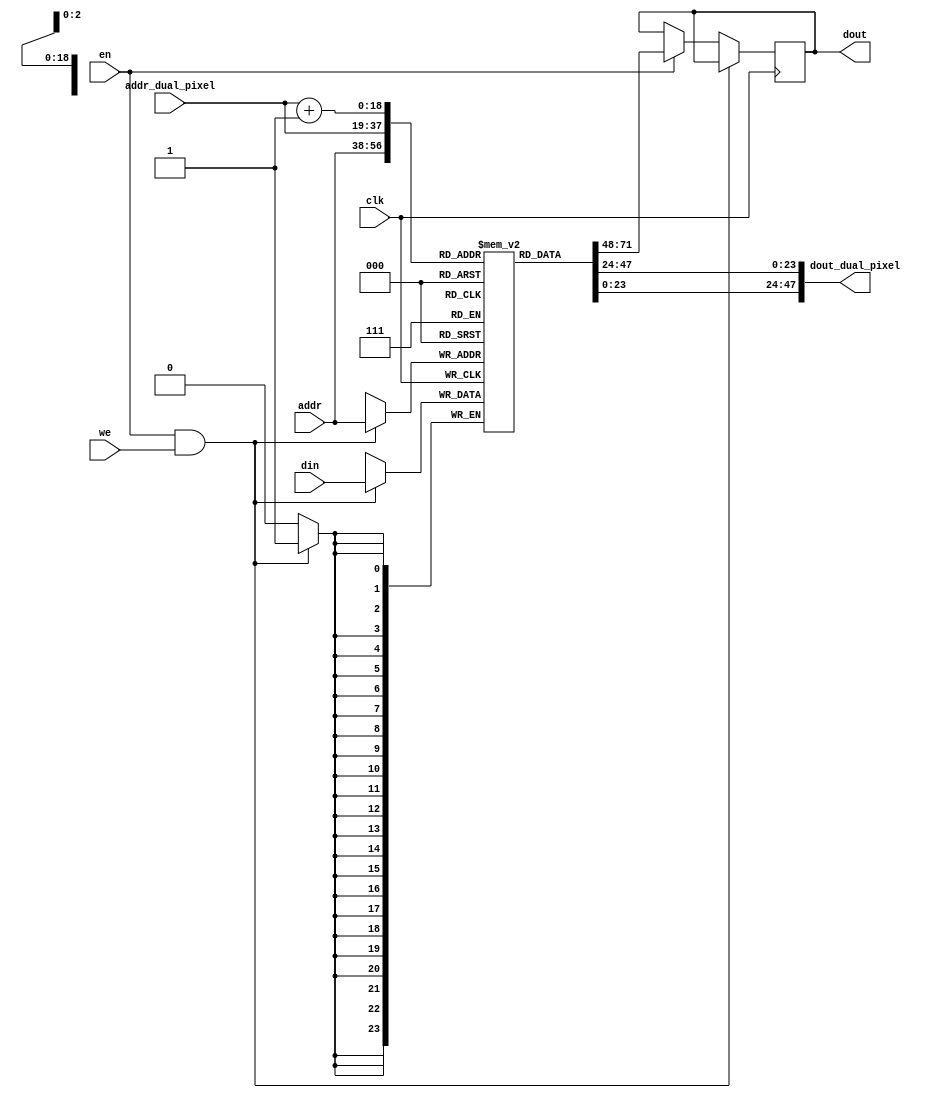
module lcd_frame_buffer(
    clk,
    en,
    addr,
    din,
    we,
    dout,
	addr_dual_pixel,
	dout_dual_pixel
);

	parameter W_DATA = 24;	//R: 0~7, G:8~15, B:16~23
	parameter WIDTH = 768;
	parameter HEIGHT = 512;
	parameter N_WORD = WIDTH * HEIGHT;
	parameter W_WORD = $clog2(N_WORD);	
	
    input                 clk;   			// Clock input
    input                 en;    			// RAM enable (select)
    input  [W_WORD-1:0]   addr;  			// Address input(word addressing) prior to read data by one clock cycle
    input  [W_DATA-1:0]   din;   		 	// Data input
    input                 we;    			// Write enable
    output [W_DATA-1:0]   dout;    			// Data output
	input  [W_WORD-1:0]   addr_dual_pixel;  // Address input(word addressing) prior to read data by one clock cycle
	output [2*W_DATA-1:0]   dout_dual_pixel;  // Data output

	reg [W_DATA-1:0] q_mem[N_WORD-1:0] 		/* synthesis syn_ramstyle="block_ram" */;
	reg [W_DATA-1:0] dout = 32'h0000_0000;

	always @(posedge clk)
	begin
		if(en & we)
			q_mem[addr] <= din;
		else if(en)
			dout <=  q_mem[addr];
	end
	assign dout_dual_pixel = {q_mem[addr_dual_pixel+1],q_mem[addr_dual_pixel]};
endmodule